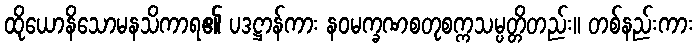
ထိုယောနိသောမနသိကာရ၏ ပဒဋ္ဌာန်ကား နဝမက္ခဏစတုစက္ကသမ္ပတ္တိတည်း။ တစ်နည်းကား